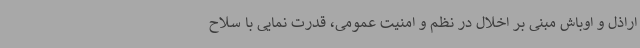
اراذل و اوباش مبنی بر اخلال در نظم و امنیت عمومی، قدرت نمایی با سلاح